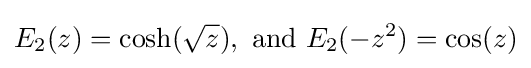
E_{2}(z)=\cosh({\sqrt {z}}),{\text{ and }}E_{2}(-z^{2})=\cos(z)